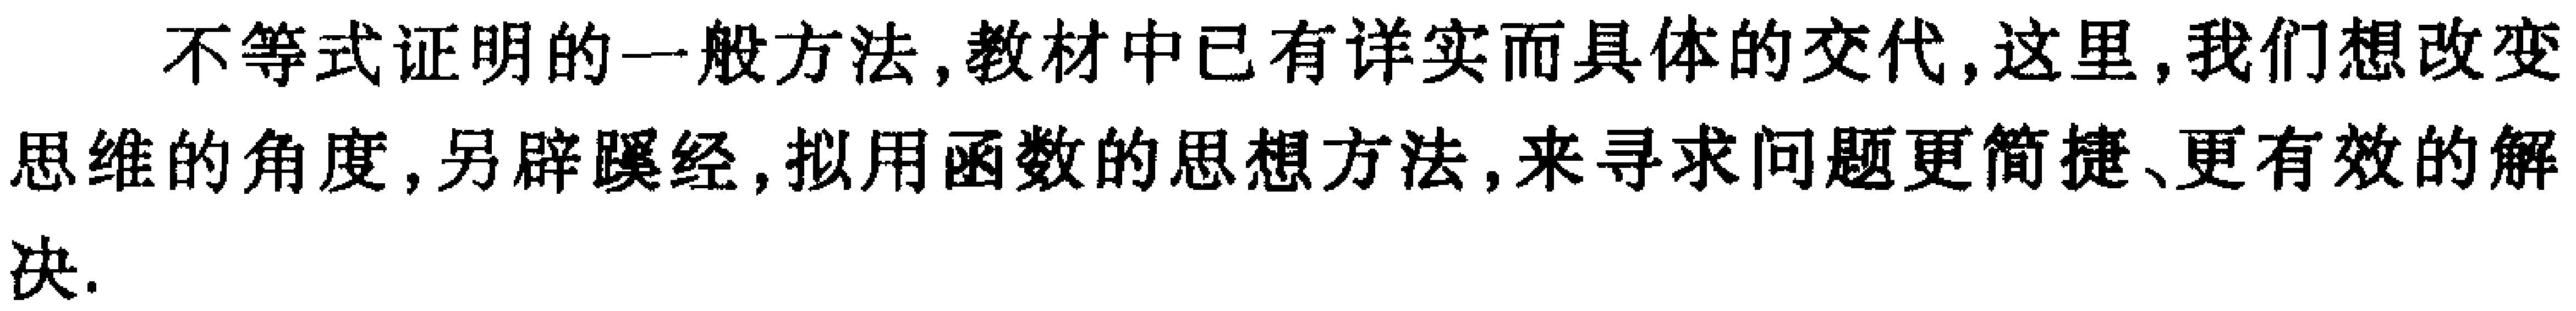
不等式证明的一般方法,教材中已有详实而具体的交代,这里,我们想改变思维的角度,另辟蹊径,拟用函数的思想方法,来寻求问题更简捷、更有效的解决.